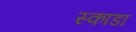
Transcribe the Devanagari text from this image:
स्काडा